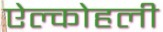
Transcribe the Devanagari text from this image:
ऐल्कोहली